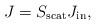
LaTeX: \begin{gather*}J=S_{\rm scat}J_{\rm in},\end{gather*}